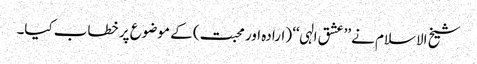
شیخ الاسلام نے ’’عشق الہی‘‘ (ارادہ اور محبت) کے موضوع پر خطاب کیا۔